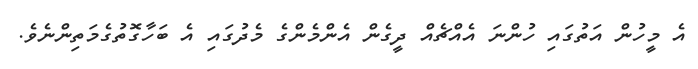
އެ މީހުން އަތުގައި ހުންނަ އެއްޗެއް ދީގެން އެންމެންގެ މެދުގައި އެ ބަހާގޮތުގެމަތިންނެވެ.